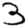
Digit: 3